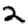
Digit: 2